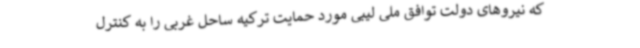
که نیروهای دولت توافق ملی لیبی مورد حمایت ترکیه ساحل غربی را به کنترل